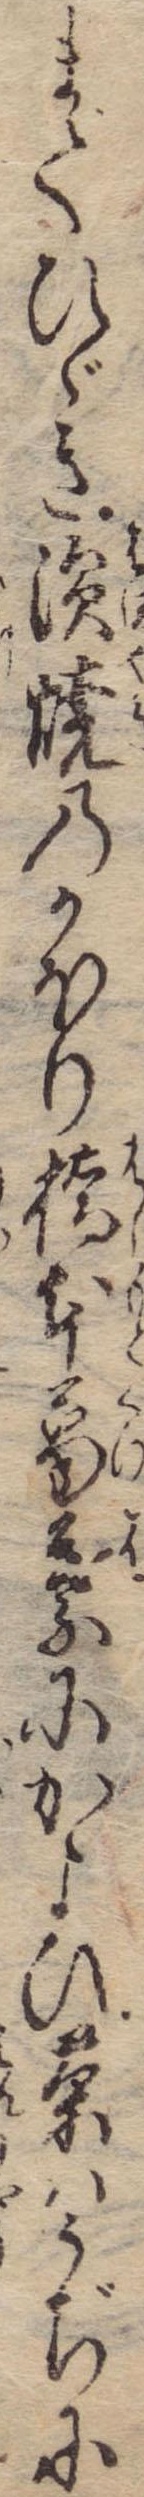
まてひゞき浜焼のかほり橋本葛葉にかよひ茶はうぢに